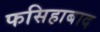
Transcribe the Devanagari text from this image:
फसिहाबाद